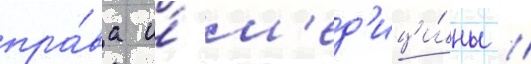
пра́ва и́ м'ед'ици́ны /